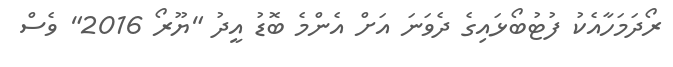
ރޯދަމަހާއެކު ފުޓުބޯޅައިގެ ދެވަނަ އަށް އެންމެ ބޮޑު އީދު "ޔޫރޯ 2016" ވެސް